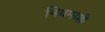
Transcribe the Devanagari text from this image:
नियमाशी